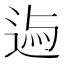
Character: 𨓃